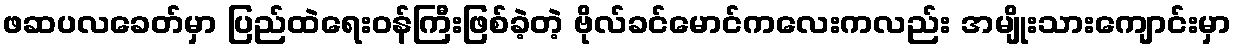
ဖဆပလခေတ်မှာ ပြည်ထဲရေးဝန်ကြီးဖြစ်ခဲ့တဲ့ ဗိုလ်ခင်မောင်ကလေးကလည်း အမျိုးသားကျောင်းမှာ